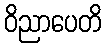
ဝိညာပေတိ